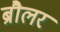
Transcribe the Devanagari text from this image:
ब्रौलर